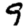
Digit: 9